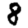
Digit: 8